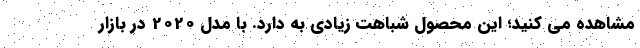
مشاهده می کنید؛ این محصول شباهت زیادی به دارد. با مدل 2020 در بازار